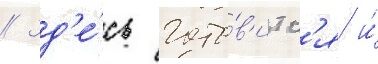
// Зд'е́сь гото́в'итс'я и́